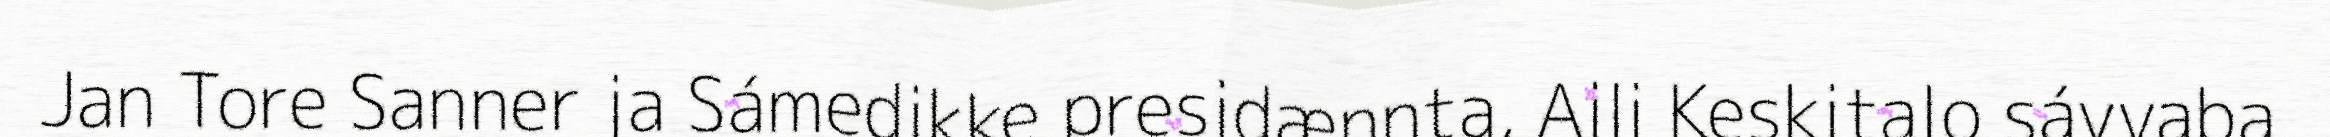
Jan Tore Sanner ja Sámedikke presidænnta, Aili Keskitalo sávvaba